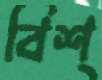
বিশ্